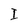
Character: I